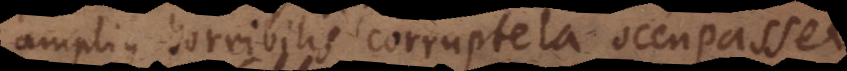
amplius horribilis corruptela occupasset,